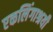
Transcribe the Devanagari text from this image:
एकलिंगाश्रयी